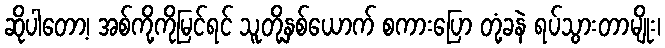
ဆိုပါတော့၊ အစ်ကို့ကိုမြင်ရင် သူတို့နှစ်ယောက် စကားပြော တုံ့ခနဲ ရပ်သွားတာမျိုး၊